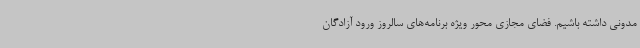
مدونی داشته باشیم. فضای مجازی محور ویژه برنامه‌های سالروز ورود آزادگان